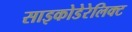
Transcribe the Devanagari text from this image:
साइकोडेरेलिक्ट